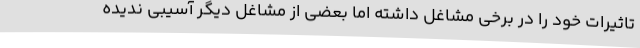
تاثیرات خود را در برخی مشاغل داشته اما بعضی از مشاغل دیگر آسیبی ندیده